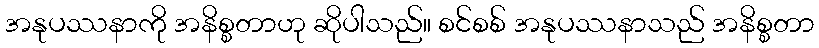
အနုပဿနာကို အနိစ္စတာဟု ဆိုပါသည်။ စင်စစ် အနုပဿနာသည် အနိစ္စတာ